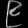
Digit: ၉